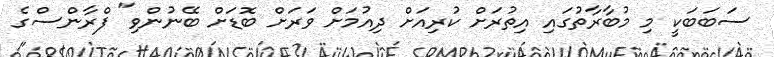
ސަބަބަކީ މި މުބާރާތުގައި އިތުރަށް ކުރިއަށް ދިއުމަށް ވަރަށް ބޮޑަށް ބޭނުންވި" ފްރާންސްގެ